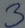
Text: 3